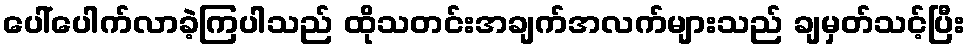
ပေါ်ပေါက်လာခဲ့ကြပါသည် ထိုသတင်းအချက်အလက်များသည် ချမှတ်သင့်ပြီး